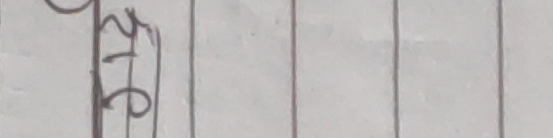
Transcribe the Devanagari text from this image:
११६